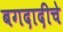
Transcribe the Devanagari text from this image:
बगदादीचे